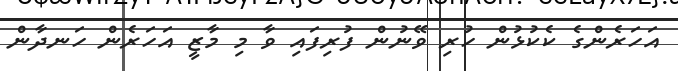
އަހަރެންގެ ކެކުޅުން ހުރި ވޭނުން ފުރިފައި ވާ މި މާޒީ އަހަރެން ހަނދާން